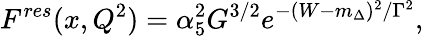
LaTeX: F^{res}(x,Q^{2})=\alpha_{5}^{2}G^{3/2}e^{-(W-m_{\Delta})^{2}/\Gamma^{2}},